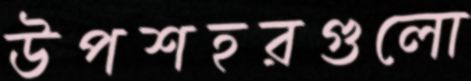
উপশহরগুলো